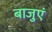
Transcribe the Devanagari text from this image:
बाजुएं